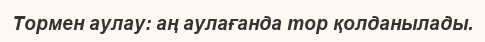
Тормен аулау: аң аулағанда тор қолданылады.